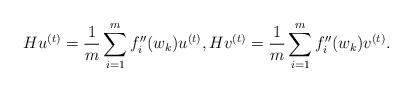
LaTeX: \begin{align*} H u^{(t)} = \frac{1}{m}\sum_{i=1}^m f''_i(w_k) u^{(t)}, H v^{(t)} = \frac{1}{m}\sum_{i=1}^m f''_i(w_k) v^{(t)}.\end{align*}